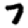
Digit: 7